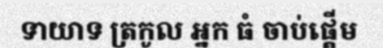
ទាយាទ ត្រកូល អ្នក ធំ ចាប់ផ្តើម